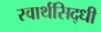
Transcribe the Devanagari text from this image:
स्वार्थसिद्धी